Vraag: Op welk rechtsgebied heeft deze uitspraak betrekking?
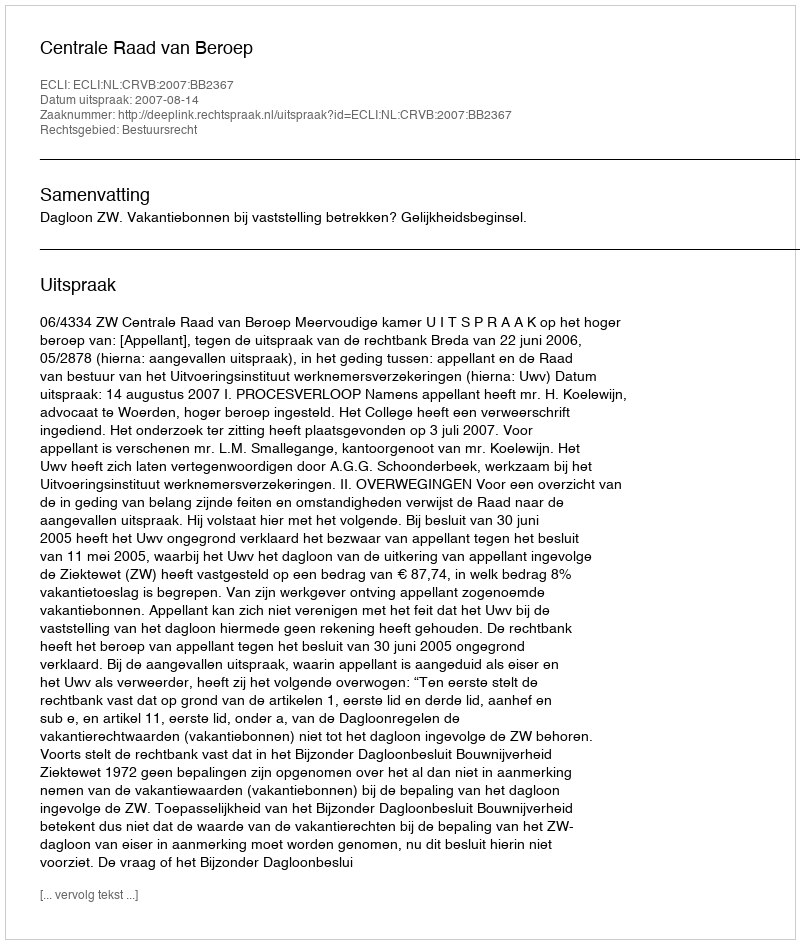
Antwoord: Bestuursrecht